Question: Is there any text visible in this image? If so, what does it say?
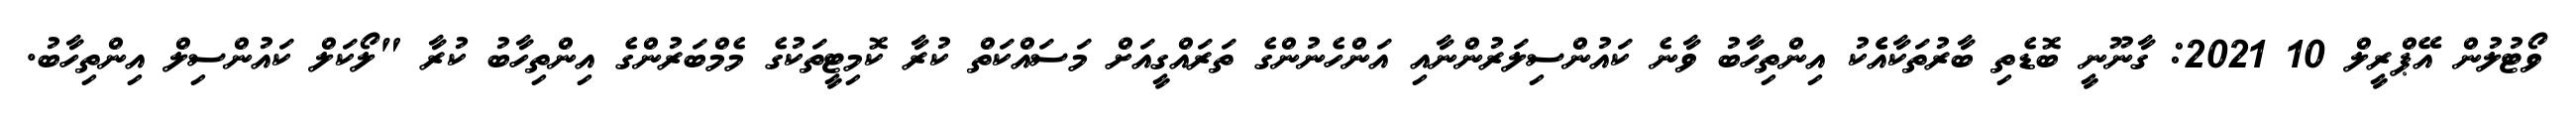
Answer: ވޯޓުލުން އޭޕްރީލް 10 2021: ގާނޫނީ ބޮޑެތި ބާރުތަކާއެެކު އިންތިހާބު ވާނެ ކައުންސިލަރުންނާއި އަންހެނުންގެ ތަރައްގީއަށް މަސައްކަތް ކުރާ ކޮމިޓީތަކުގެ މެމްބަރުންގެ އިންތިހާބު ކުރާ "ލޯކަލް ކައުންސިލް އިންތިހާބު.